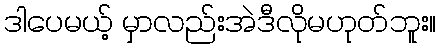
ဒါပေမယ့် မှာလည်းအဲဒီလိုမဟုတ်ဘူး။